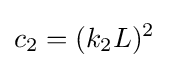
c_{2}=(k_{2}L)^{2}